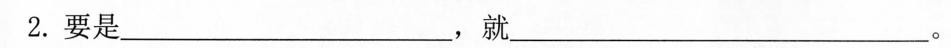
2.要是___，就___。